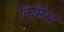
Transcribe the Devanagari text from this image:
निर्मिश